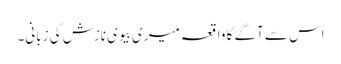
اس سے آگے کا واقعہ میری بیوی نازش کی زبانی۔